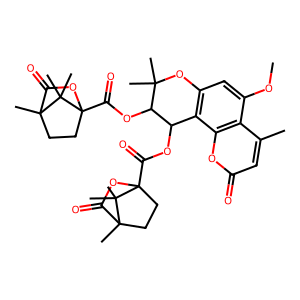
SMILES: COc1cc2c(c3oc(=O)cc(C)c13)C(OC(=O)C13CCC(C)(C(=O)O1)C3(C)C)C(OC(=O)C13CCC(C)(C(=O)O1)C3(C)C)C(C)(C)O2
Inhibits HIV replication: Yes